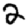
Digit: 2